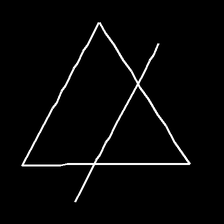
Glyph: empower